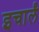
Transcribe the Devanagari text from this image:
इचार्लं